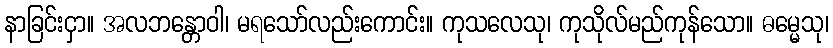
နာခြင်းငှာ။ အလဘန္တောဝါ၊ မရသော်လည်းကောင်း။ ကုသလေသု၊ ကုသိုလ်မည်ကုန်သော။ ဓမ္မေသု၊